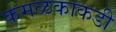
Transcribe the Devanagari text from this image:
कमळकाकडी